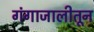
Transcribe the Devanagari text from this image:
गंगाजालीतून